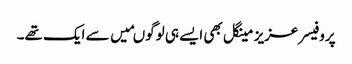
پروفیسر عزیز مینگل بھی ایسے ہی لوگوںمیں سے ایک تھے۔